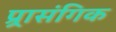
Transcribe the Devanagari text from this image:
प्र्रासंगिक